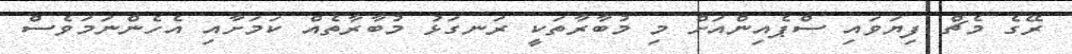
ރޭގެ މެޗް ފިޔަވައި ސްޕެއިންއަށް މި މުބާރާތަކީ ރަނގަޅު މުބާރާތެއް ކަމަށާއި އެހެންނަމަވެސް